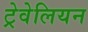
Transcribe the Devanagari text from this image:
ट्रेवेलियन